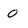
Character: 0